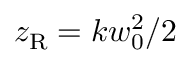
z _ { \mathrm { R } } = k w _ { 0 } ^ { 2 } / 2